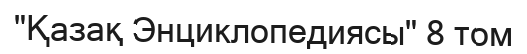
"Қазақ Энциклопедиясы" 8 том